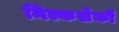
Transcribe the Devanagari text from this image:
मिल्कशेकों